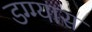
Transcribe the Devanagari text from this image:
डग्ग्यास